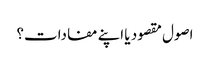
اصول مقصود یا اپنے مفادات؟